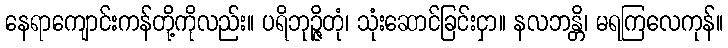
နေရာကျောင်းကန်တို့ကိုလည်း။ ပရိဘုဉ္ဇိတုံ၊ သုံးဆောင်ခြင်းငှာ။ နလဘန္တိ၊ မရကြလေကုန်။